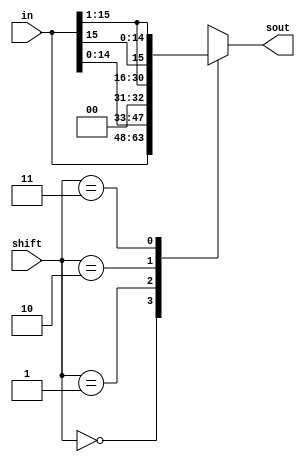
//SHIFTER BLOCK 
module shifter(in,shift,sout);
input [15:0] in;
input [1:0] shift;
output [15:0] sout;
reg [15:0] sout;

//Using aways block for all possible cases of shift
always @(in , shift) begin
case (shift)
2'b00: sout = in;
2'b01: sout = {in[14], in[13], in[12], in[11], in[10], in[9], in[8], in[7], in[6], in[5], in[4], in[3], in[2], in[1], in[0], 1'b0};
2'b10: sout = {1'b0, in[15], in[14], in[13], in[12], in[11], in[10], in[9], in[8], in[7], in[6], in[5], in[4], in[3], in[2], in[1]};
2'b11: sout = {in[15], in[15], in[14], in[13], in[12], in[11], in[10], in[9], in[8], in[7], in[6], in[5], in[4], in[3], in[2], in[1]};
default: sout = 16'b0000_0000_0000_0000;
endcase


end
endmodule